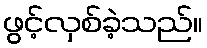
ဖွင့်လှစ်ခဲ့သည်။